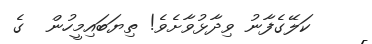
ކަލޭގެފާނު ވިދާޅުވާށެވެ! ތިޔަބައިމީހުން  ގެ